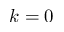
k = 0